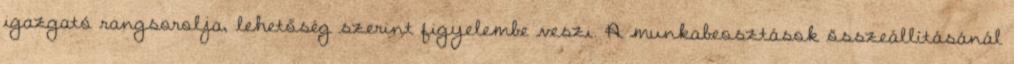
igazgató rangsorolja, lehetőség szerint figyelembe veszi. A munkabeosztások összeállításánál